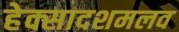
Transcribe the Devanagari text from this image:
हेक्सादशमलव